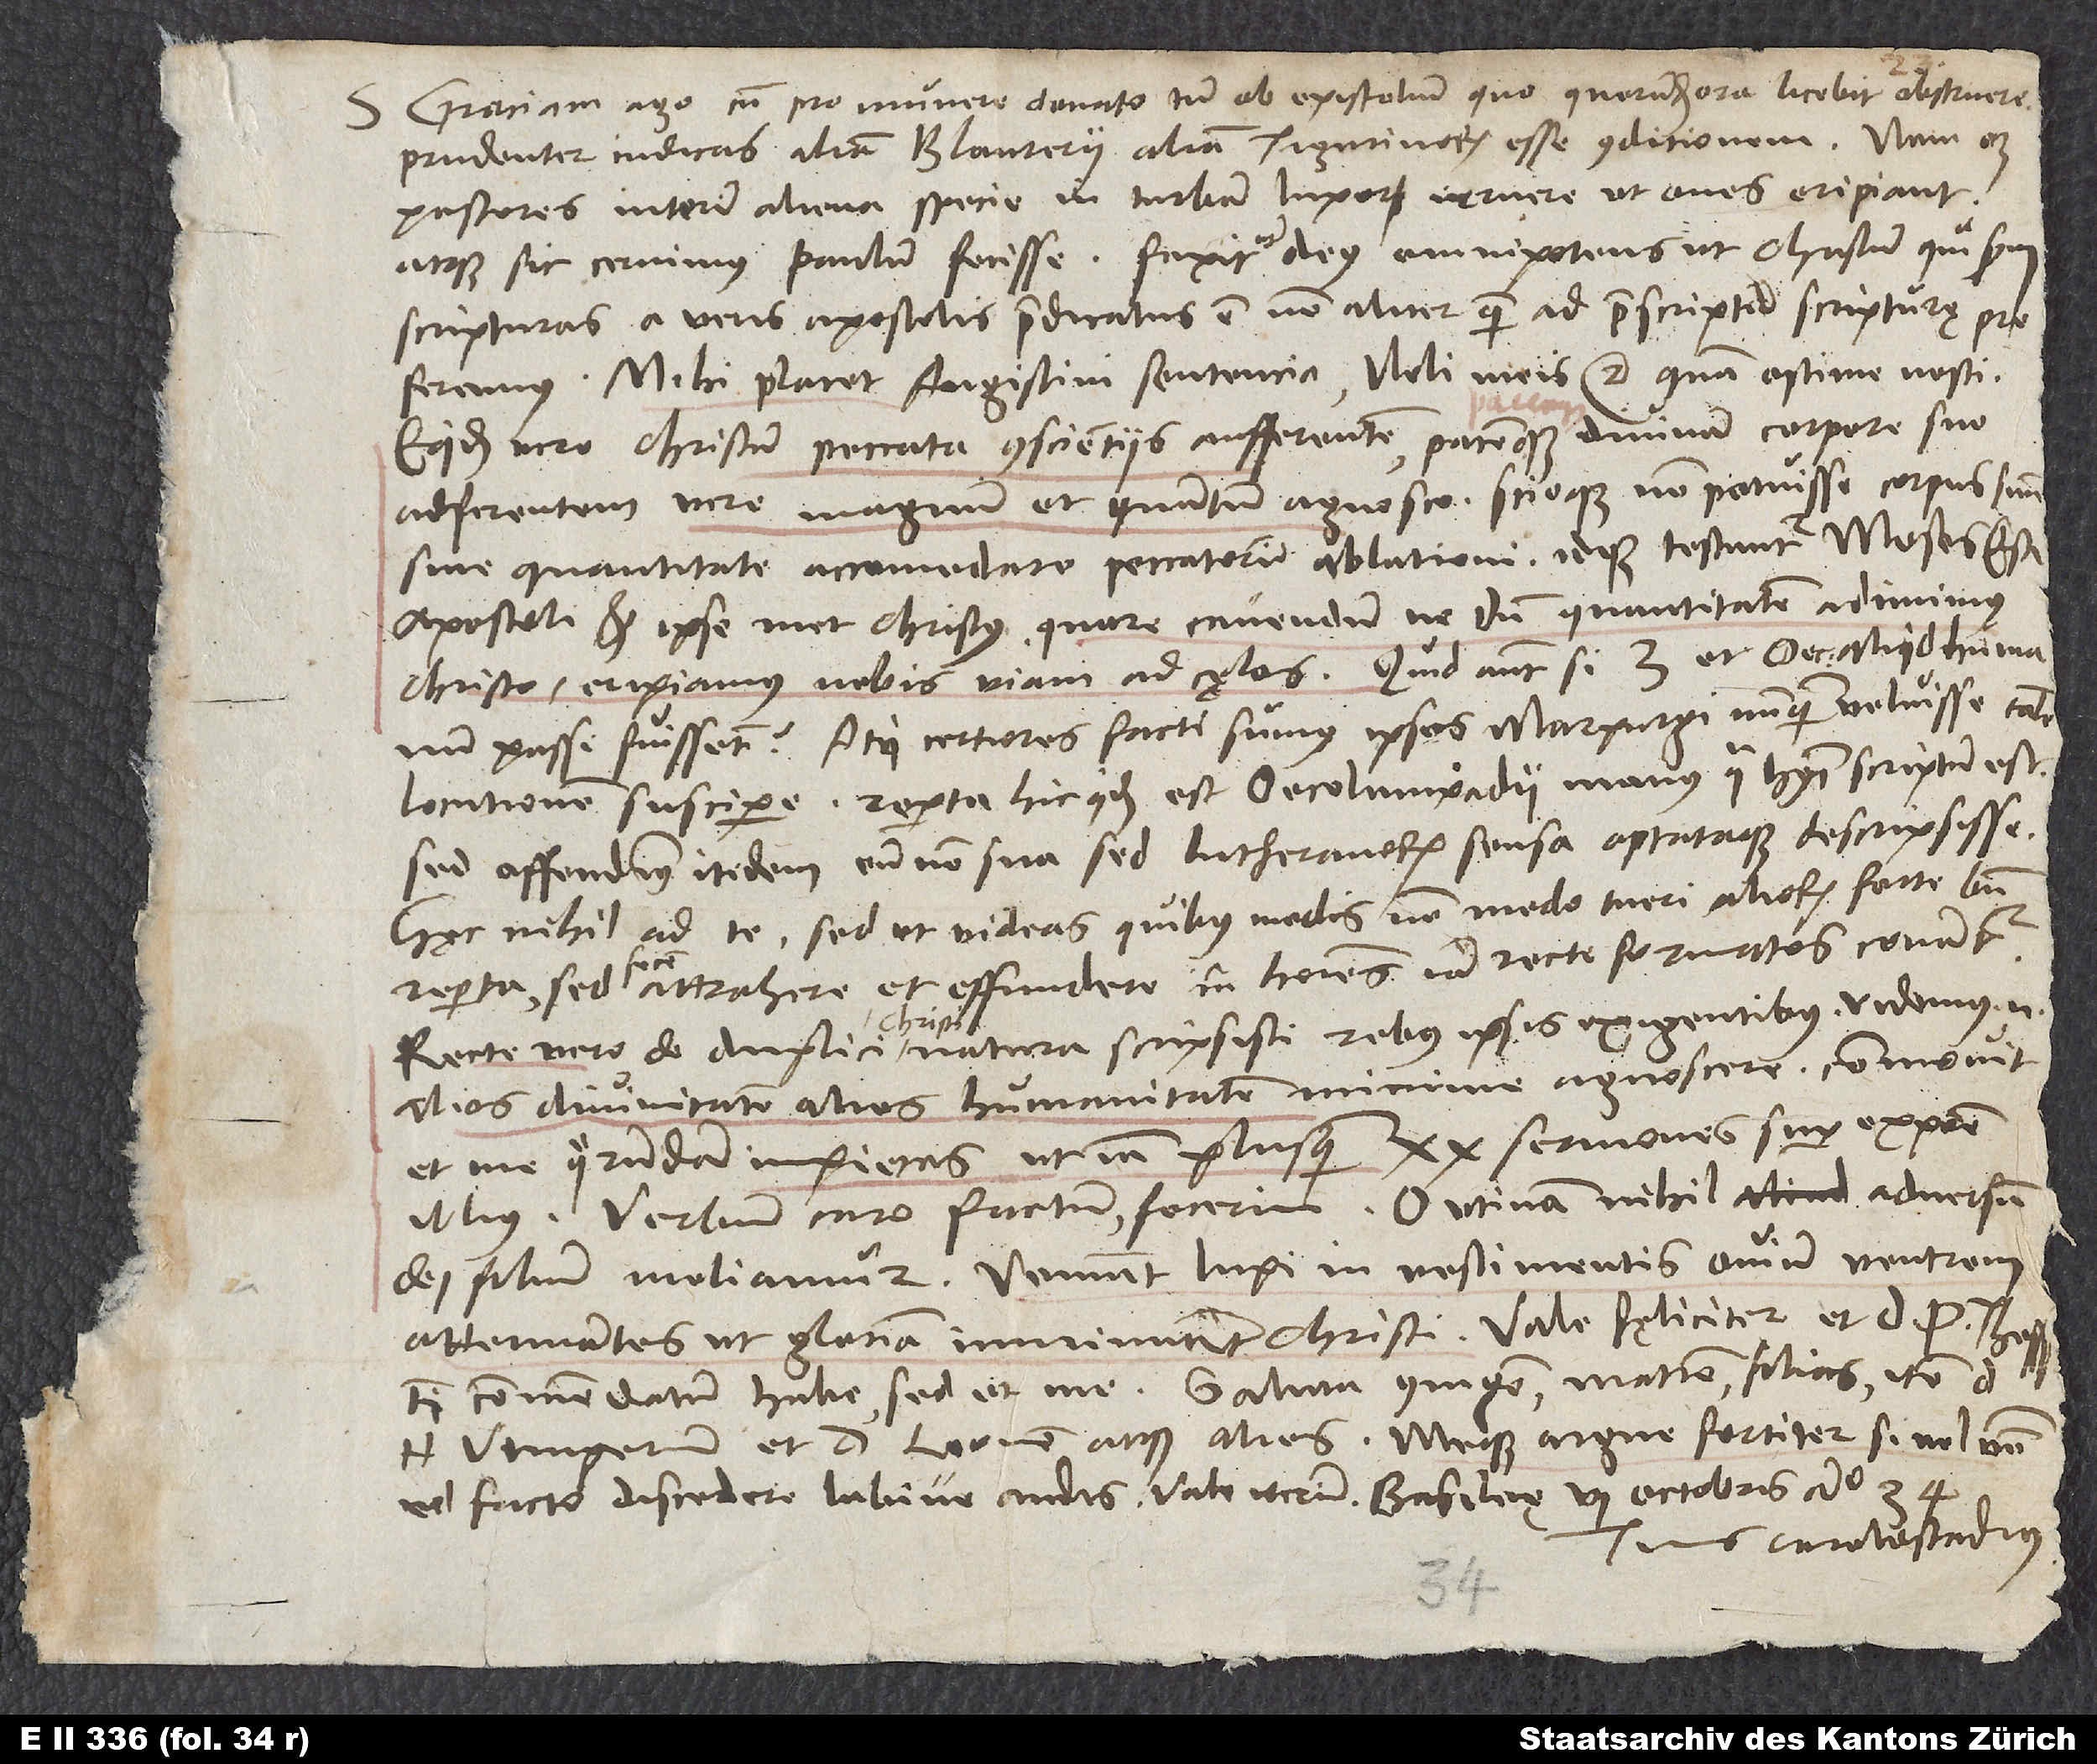
S. Graciam ago cum pro munere donato tum ob epistolium, quo quorundam ora licebit obstruere.
Prudenter iudicas aliam Blaureri, aliam Tigurinorum esse conditionem. Nam oportet
pastores interim aliena specie in turbam luporum irruere, ut oves eripiant,
atque sic cernimus Paulum fecisse. Faxit autem deus omnipotens, ut Christum, qui secundum
scripturas a veris apostolis praedicatus est, non aliter quam ad praescriptum scripturę proferamus.
Mihi placet Augustini sententia: «Noli meis» etc., quam optime nosti.
Equidem vero Christum peccata conscientiis aufferentem pacemque divinam corpore suo
adferentem vere magnum et quantum agnosco scioque non potuisse corpus suum
sine quantitate accomodare peccatorum ablationi, idque testantur Moses, Esaias
passi fuissent? Atqui certiores facti sumus ipsos Marpurgi nunquam voluisse talem
locutionem suscipere. Reperta hic quidem est Oecolampadii manus, qua huiusmodi scriptum est.
Sed offendimus itidem eum non sua sed Lutheranorum sensa optataque descripsisse.
Haec nihil ad te, sed ut videas, quibus modis non modo tueri aliorum forte bene
reperta sed fecem attrahere et effundere in homines iam recte formatos conantur.
Recte vero de duplici Christi natura scripsisti rebus ipsis exigentibus. Videmus enim
alios divinitatem, alios humanitatem minime agnoscere. Commovit
et me quorundam impietas, ut iam plus quam 20 sermones super expositione
illius: «verbum caro factum» fecerim. O utinam nihil adversum
dei filium moliamur! Veniunt lupi in vestimentis ovium ventrem
attenuantes, ut gloriam imminuant Christi. Vale fęliciter et d. P
Utingerum et d. Leonem atque alios meque argue fortiter, si vel verbo
vel facto discedere labive audis. Vale iterum. Basileę, 6. octobris anno 34.
Tuus Carolostadius.